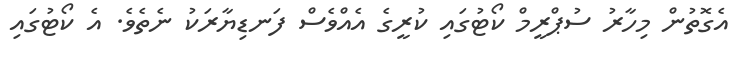
އެގޮތުން މިހާރު ސުޕްރީމް ކޯޓުގައި ކުރީގެ އެއްވެސް ފަނޑިޔާރަކު ނެތެވެ. އެ ކޯޓުގައި